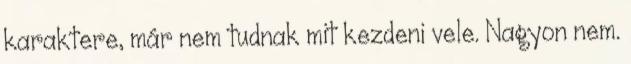
karaktere, már nem tudnak mit kezdeni vele. Nagyon nem.